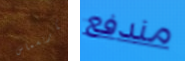
الكريسماس مندفع